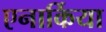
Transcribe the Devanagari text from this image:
एनार्किया